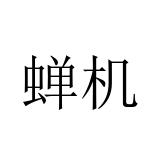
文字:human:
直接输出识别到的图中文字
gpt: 蝉机